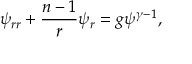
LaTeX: \psi _ { r r } + { \frac { n - 1 } { r } } \psi _ { r } = g \psi ^ { \gamma - 1 } ,